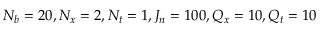
N _ { b } = 2 0 , N _ { x } = 2 , N _ { t } = 1 , J _ { n } = 1 0 0 , Q _ { x } = 1 0 , Q _ { t } = 1 0